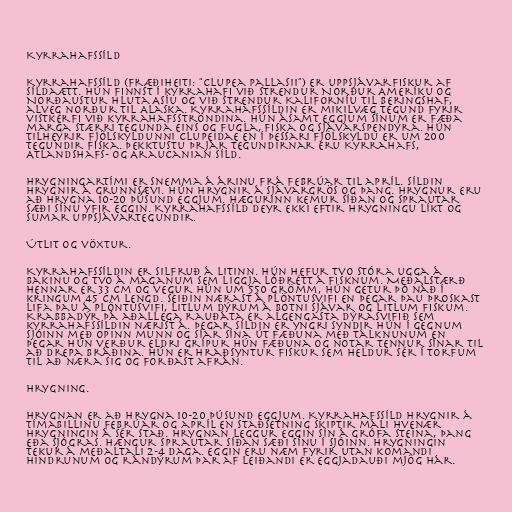
Kyrrahafssíld

Kyrrahafssíld (fræðiheiti: "Clupea pallasii") er uppsjávarfiskur af
síldaætt. Hún finnst í kyrrahafi við strendur Norður Ameríku og
Norðaustur hluta Asíu og við strendur Kaliforníu til Beringshaf,
alveg norður til Alaska. Kyrrahafssíldin er mikilvæg tegund fyrir
vistkerfi við kyrrahafsströndina. Hún ásamt eggjum sínum er fæða
marga stærri tegunda eins og fugla, fiska og sjávarspendýra. Hún
tilheyrir fjölskyldunni Clupeidae en í þessari fjölskyldu er um 200
tegundir fiska. Þekktustu þrjár tegundirnar eru Kyrrahafs,
Atlandshafs- og Araucanian síld.

Hrygningartími er snemma á árinu frá febrúar til apríl. Síldin
hrygnir á grunnsævi. Hún hrygnir á sjávargrös og þang. Hrygnur eru
að hrygna 10-20 þúsund eggjum. Hægurinn kemur síðan og sprautar
sæði sínu yfir eggin. Kyrrahafssíld deyr ekki eftir hrygningu líkt og
sumar uppsjávartegundir.

Útlit og vöxtur.

Kyrrahafssíldin er silfruð á litinn. Hún hefur tvo stóra ugga á
bakinu og tvo á maganum sem liggja lóðrétt á fisknum. Meðalstærð
hennar er 33 cm og vegur hún um 550 grömm, hún getur þó náð í
kringum 45 cm lengd. Seiðin nærast á plöntusvifi en þegar þau þroskast
lifa þau á plöntusvifi, litlum dýrum á botni sjávar og litlum fiskum.
Krabbadýr þá aðallega rauðáta er algengasta dýrasvifið sem
kyrrahafssíldin nærist á. Þegar síldin er yngri syndir hún í gegnum
sjóinn með opinn munn og síar sína út fæðuna með tálknunum en
þegar hún verður eldri grípur hún fæðuna og notar tennur sínar til
að drepa bráðina. Hún er hraðsyntur fiskur sem heldur sér í torfum
til að næra sig og forðast afrán.

Hrygning.

Hrygnan er að hrygna 10-20 þúsund eggjum. Kyrrahafssíld hrygnir á
tímabillinu febrúar og apríl en staðsetning skiptir máli hvenær
hrygningin á sér stað. Hrygnan leggur eggin sín á grófa steina, þang
eða sjógras. Hængur sprautar síðan sæði sínu í sjóinn. Hrygningin
tekur á meðaltali 2-4 daga. Eggin eru næm fyrir utan komandi
hindrunum og rándýrum þar af leiðandi er eggjadauði mjög hár.